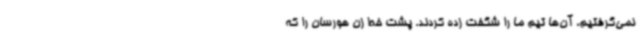
نمی‌گرفتیم، آن‌ها تیم ما را شگفت زده کردند. پشت خط زن هورسان را که